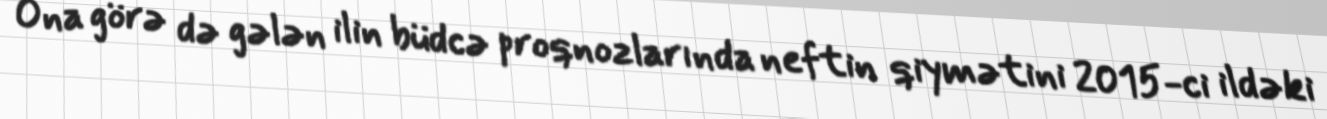
Ona görə də gələn ilin büdcə proqnozlarında neftin qiymətini 2015-ci ildəki